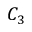
C _ { 3 }